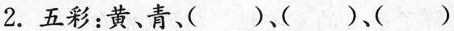
2.五彩：黄、青、()、()、()